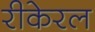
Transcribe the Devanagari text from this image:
रीकेरल